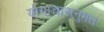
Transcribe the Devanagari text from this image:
योगाचारानुमत